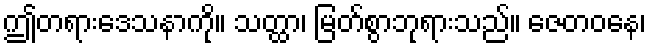
ဤတရားဒေသနာကို။ သတ္ထာ၊ မြတ်စွာဘုရားသည်။ ဇေတဝနေ၊